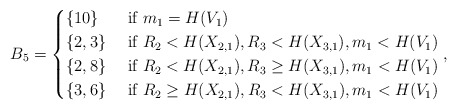
\begin{align*}B_5=\begin{cases}\{10\} &\mbox{ if } m_1=H(V_1)\\\{2,3\} &\mbox{ if } R_2<H(X_{2,1}), R_3<H(X_{3,1}), m_1<H(V_1)\\\{2,8\} &\mbox{ if } R_2<H(X_{2,1}), R_3\geq H(X_{3,1}), m_1<H(V_1) \\\{3,6\} &\mbox{ if } R_2\geq H(X_{2,1}), R_3<H(X_{3,1}), m_1<H(V_1)\\\end{cases},\end{align*}